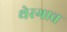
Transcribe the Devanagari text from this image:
थेरगाव